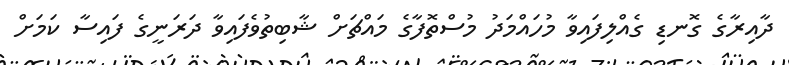
ދާއިރާގެ ގޮނޑި ގެއްލިފައިވާ މުހައްމަދު މުސްތޮފާގެ މައްޗަށް ޝާބިތުވެފައިވާ ދަރަނީގެ ފައިސާ ކަމަށް